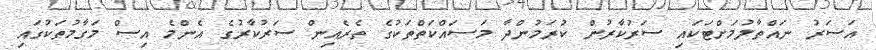
އަސަރު ނައްތާލުމަށްޓަކައި ސަރުކާރުން ކުރަމުންދާ މަސައްކަތްތަކުގެ ތެރެއިން ސަރުކާރުގެ އެންމެ އިސް މަގާމުތަކުގައި